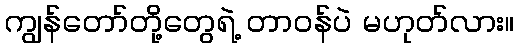
ကျွန်တော်တို့တွေရဲ့ တာဝန်ပဲ မဟုတ်လား။